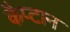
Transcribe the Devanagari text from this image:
कैप्टान